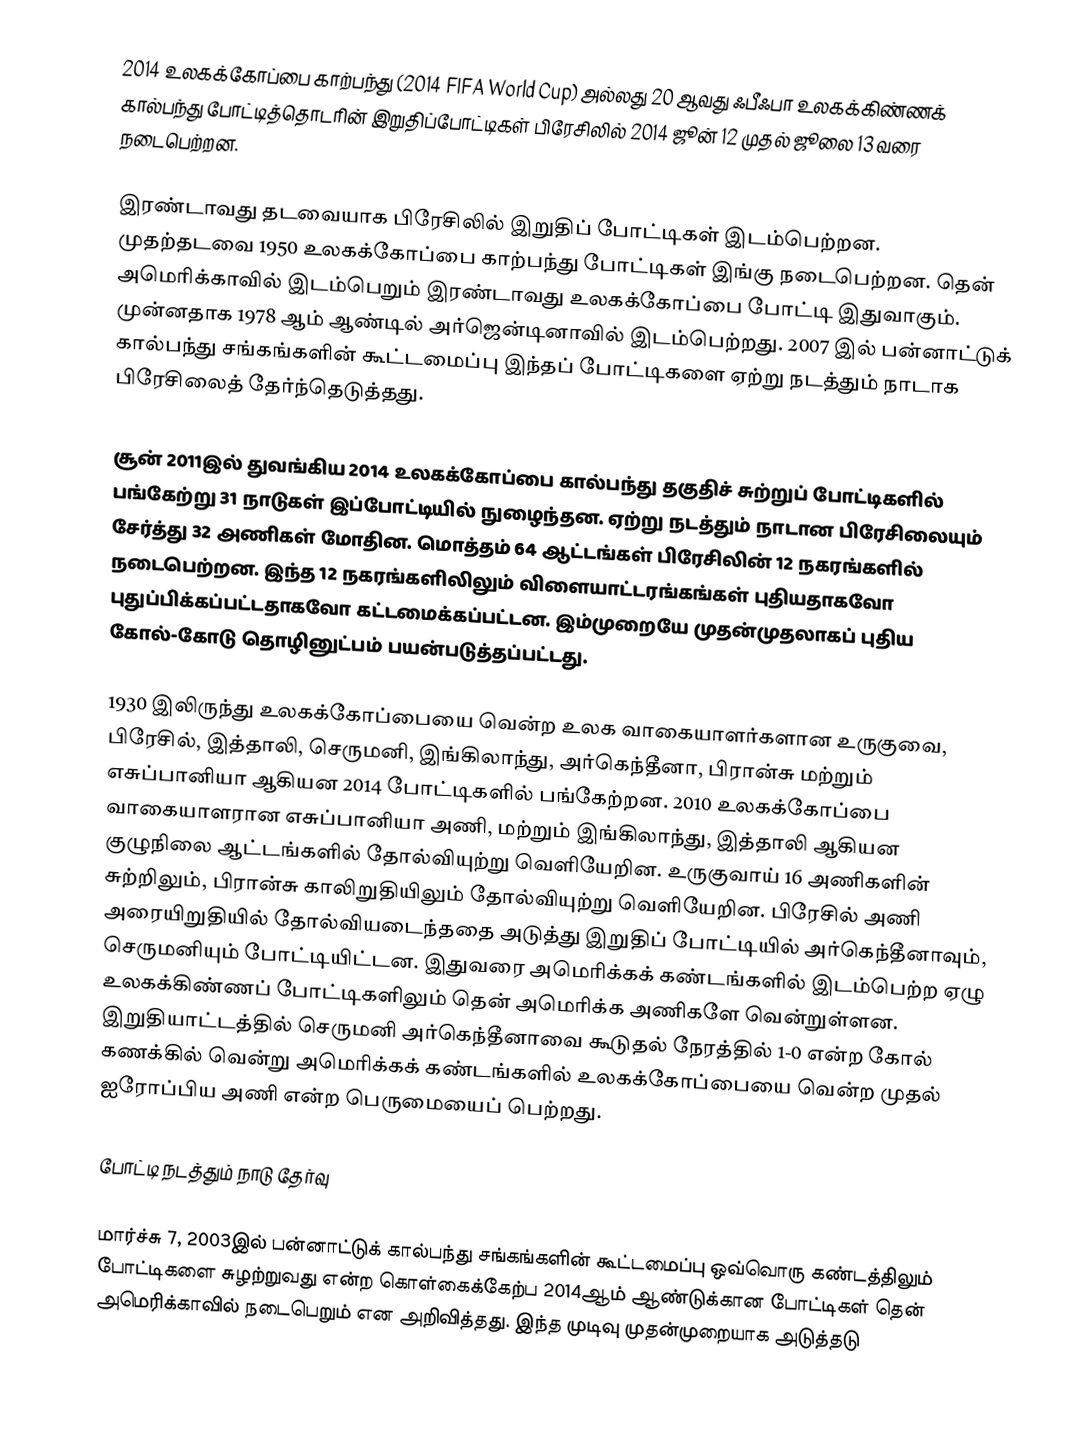
2014 உலகக்கோப்பை காற்பந்து (2014 FIFA World Cup) அல்லது 20 ஆவது ஃபீஃபா உலகக்கிண்ணக் கால்பந்து போட்டித்தொடரின் இறுதிப்போட்டிகள் பிரேசிலில் 2014 ஜூன் 12 முதல் ஜூலை 13 வரை நடைபெற்றன.

இரண்டாவது தடவையாக பிரேசிலில் இறுதிப் போட்டிகள் இடம்பெற்றன. முதற்தடவை 1950 உலகக்கோப்பை காற்பந்து போட்டிகள் இங்கு நடைபெற்றன. தென் அமெரிக்காவில் இடம்பெறும் இரண்டாவது உலகக்கோப்பை போட்டி இதுவாகும். முன்னதாக 1978 ஆம் ஆண்டில் அர்ஜென்டினாவில் இடம்பெற்றது. 2007 இல் பன்னாட்டுக் கால்பந்து சங்கங்களின் கூட்டமைப்பு இந்தப் போட்டிகளை ஏற்று நடத்தும் நாடாக பிரேசிலைத் தேர்ந்தெடுத்தது.

சூன் 2011இல் துவங்கிய 2014 உலகக்கோப்பை கால்பந்து தகுதிச் சுற்றுப் போட்டிகளில் பங்கேற்று 31 நாடுகள் இப்போட்டியில் நுழைந்தன. ஏற்று நடத்தும் நாடான பிரேசிலையும் சேர்த்து 32 அணிகள் மோதின. மொத்தம் 64 ஆட்டங்கள் பிரேசிலின் 12 நகரங்களில் நடைபெற்றன. இந்த 12 நகரங்களிலிலும் விளையாட்டரங்கங்கள் புதியதாகவோ புதுப்பிக்கப்பட்டதாகவோ கட்டமைக்கப்பட்டன. இம்முறையே முதன்முதலாகப் புதிய கோல்-கோடு தொழினுட்பம் பயன்படுத்தப்பட்டது.

1930 இலிருந்து உலகக்கோப்பையை வென்ற உலக வாகையாளர்களான உருகுவை, பிரேசில், இத்தாலி, செருமனி, இங்கிலாந்து, அர்கெந்தீனா, பிரான்சு மற்றும் எசுப்பானியா ஆகியன 2014 போட்டிகளில் பங்கேற்றன. 2010 உலகக்கோப்பை வாகையாளரான எசுப்பானியா அணி, மற்றும் இங்கிலாந்து, இத்தாலி ஆகியன குழுநிலை ஆட்டங்களில் தோல்வியுற்று வெளியேறின. உருகுவாய் 16 அணிகளின் சுற்றிலும், பிரான்சு காலிறுதியிலும் தோல்வியுற்று வெளியேறின. பிரேசில் அணி அரையிறுதியில் தோல்வியடைந்ததை அடுத்து இறுதிப் போட்டியில் அர்கெந்தீனாவும், செருமனியும் போட்டியிட்டன. இதுவரை அமெரிக்கக் கண்டங்களில் இடம்பெற்ற ஏழு உலகக்கிண்ணப் போட்டிகளிலும் தென் அமெரிக்க அணிகளே வென்றுள்ளன. இறுதியாட்டத்தில்  செருமனி அர்கெந்தீனாவை  கூடுதல் நேரத்தில் 1-0 என்ற கோல் கணக்கில் வென்று அமெரிக்கக் கண்டங்களில் உலகக்கோப்பையை வென்ற முதல் ஐரோப்பிய அணி என்ற பெருமையைப் பெற்றது.

போட்டி நடத்தும் நாடு தேர்வு

மார்ச்சு 7, 2003இல் பன்னாட்டுக் கால்பந்து சங்கங்களின் கூட்டமைப்பு ஒவ்வொரு கண்டத்திலும் போட்டிகளை சுழற்றுவது என்ற கொள்கைக்கேற்ப 2014ஆம் ஆண்டுக்கான போட்டிகள் தென் அமெரிக்காவில் நடைபெறும் என அறிவித்தது. இந்த முடிவு முதன்முறையாக அடுத்தடு